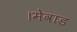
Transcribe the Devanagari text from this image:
।मेवाड